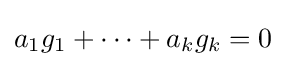
a_{1}g_{1}+\cdots +a_{k}g_{k}=0